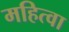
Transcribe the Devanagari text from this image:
महित्वा